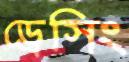
ড্রেসিং